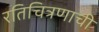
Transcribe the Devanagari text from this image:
रतिचित्रणाची